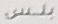
بلس